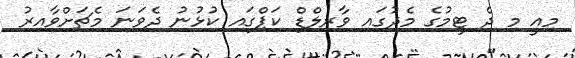
މިއީ މި ދެ ޓީމުގެ މެދުގައި ވާރލްޑް ކަޕްގައި ކުޅުނު ދެވަނަ މެޗަށްވާއިރު